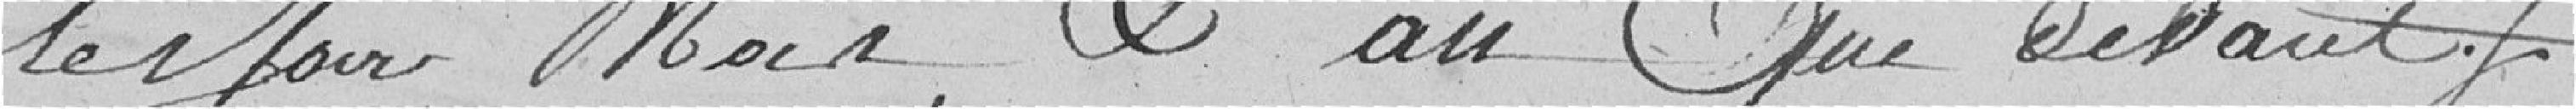
les jours, mois et an que devant .